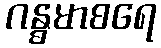
ဂန္ဓမာစရေ